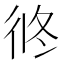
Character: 㣠